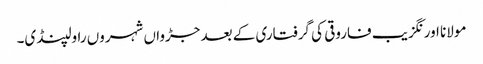
مولانا اورنگزیب فاروقی کی گرفتاری کے بعد جڑواں شہروں راولپنڈی۔